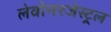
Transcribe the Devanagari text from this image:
लेवोनरजेस्ट्रल